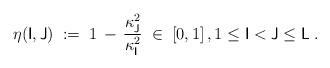
LaTeX: \begin{align*}\eta(\mathsf{I},\mathsf{J})\;:=\;1\,-\,\frac{\kappa_{\mathsf{J}}^2}{\kappa_{\mathsf{I}}^2}\;\in\; [0,1]\,,1\leq \mathsf{I}< \mathsf{J}\leq \mathsf{L}\;.\end{align*}